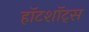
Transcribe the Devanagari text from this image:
हॉटशॉट्स